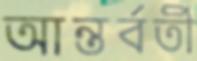
আন্তর্বর্তী